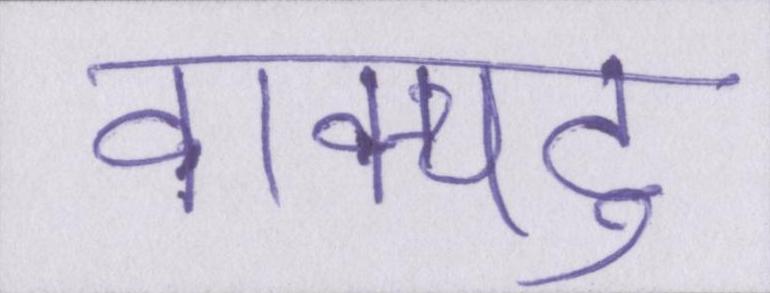
वाक्पटु